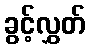
ခွင့်လွှတ်